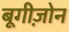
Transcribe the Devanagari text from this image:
बूगीज़ोन